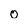
Character: 0